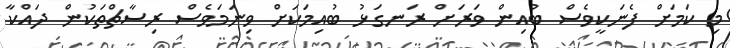
މި ކަމަށް ފެނަކީވެސް ބުއިން ވަރަށް ރަނގަޅު ބުއިމަކަށް ވިނަމަވެސް ރިސާޗްތަކުން ދައްކާ